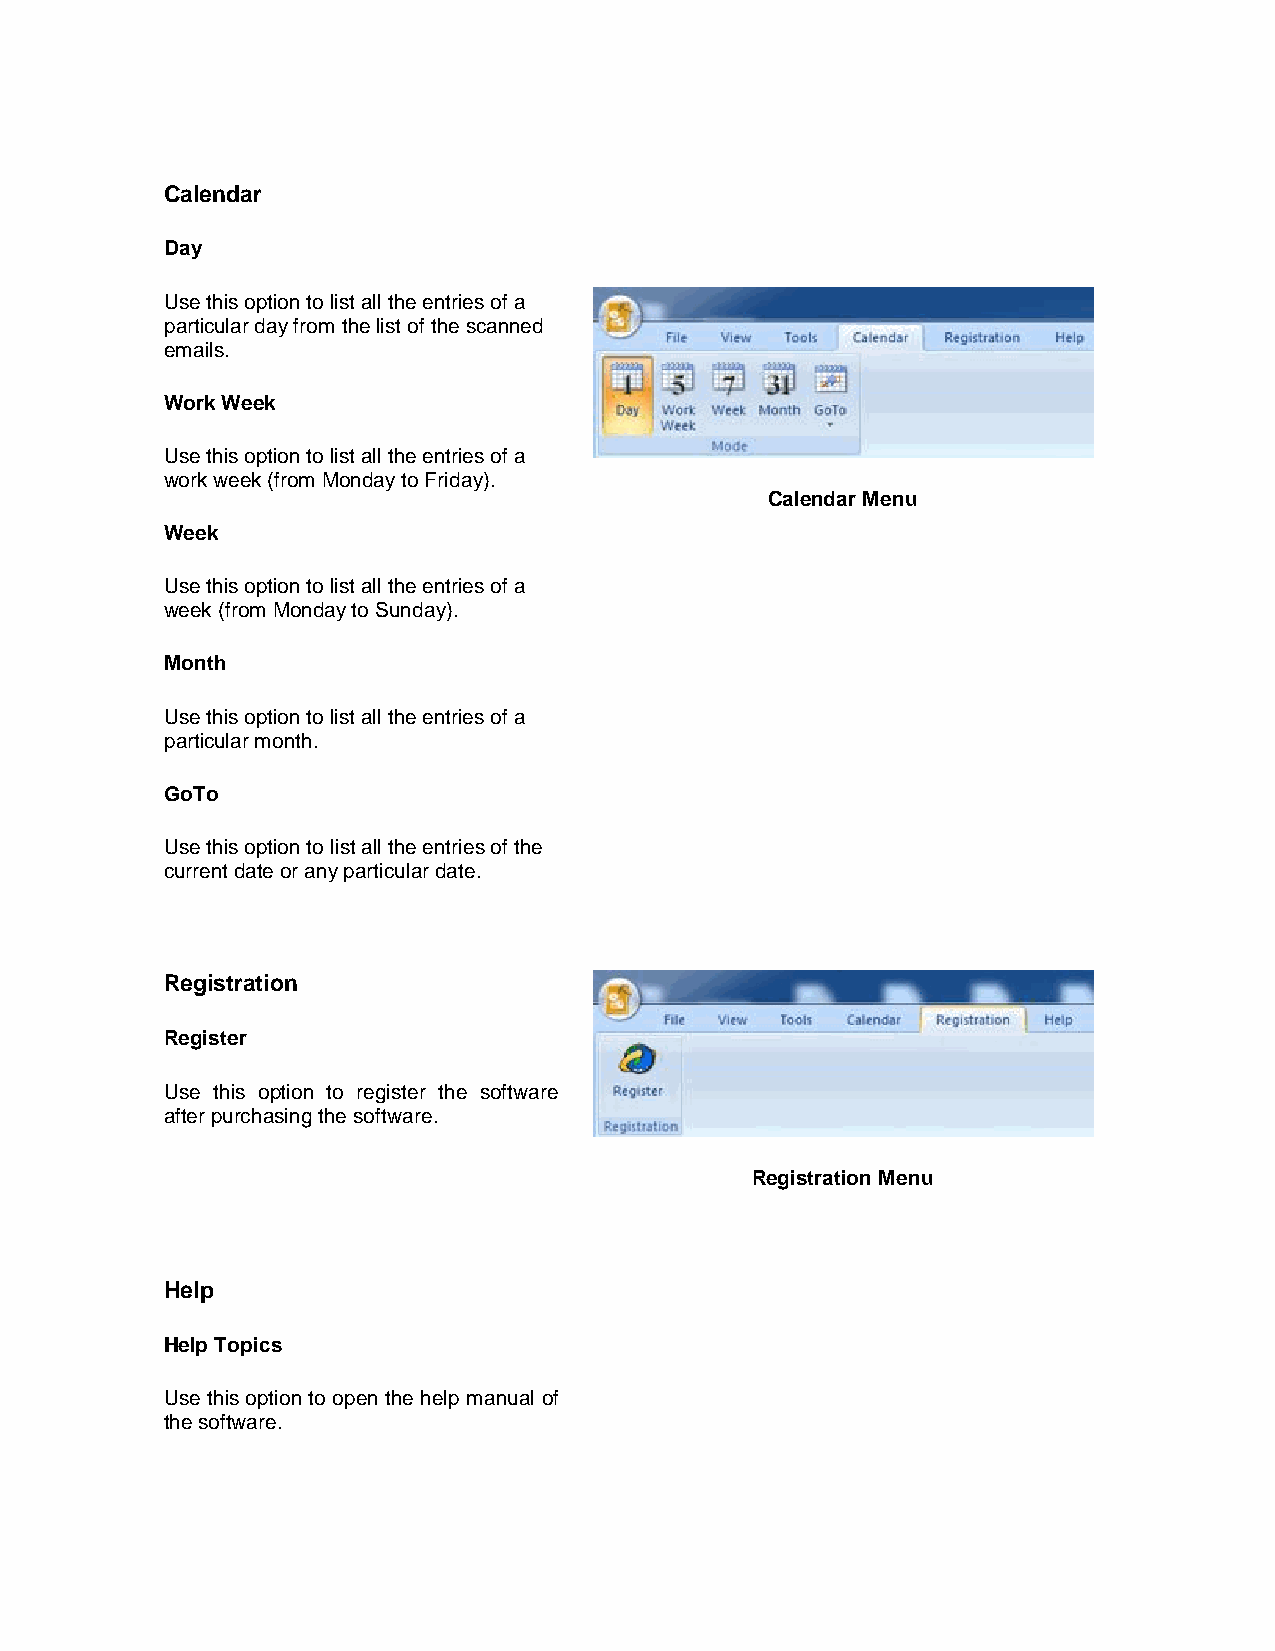
Calendar
 Day
 Use this option to list all the entries of a
 particular day from the list of the scanned
 emails.
 Work Week
 Use this option to list all the entries of a
 work week (from Monday to Friday).
 Calendar Menu
 Week
 Use this option to list all the entries of a
 week (from Monday to Sunday).
 Month
 Use this option to list all the entries of a
 particular month.
 GoTo
 Use this option to list all the entries of the
 current date or any particular date.
 Registration
 Register
 Use this option to register the software
 after purchasing the software.
 Registration Menu
 Help
 Help Topics
 Use this option to open the help manual of
 the software.